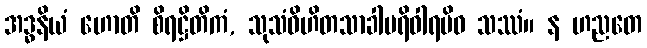
အဒ္ဓနိယံ ဟောတိ စိရဋ္ဌိတိကံ, သုသံဝိဟိတသာခါပရိဝါရမိဝ သဿံ။ န ဟညတေ